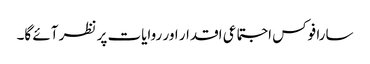
سارا فوکس اجتماعی اقدار اور روایات پر نظر آئے گا۔